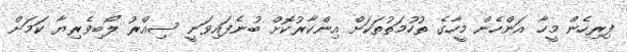
ފިރިހެން މީހާ އަންހެން މީހާގެ ތުހުމަތުތަކަށް އިންކާރުކޮށް ބުނެފައިވަނީ ސިއްރު ލޯބިވެރިޔާ ކަމަށް